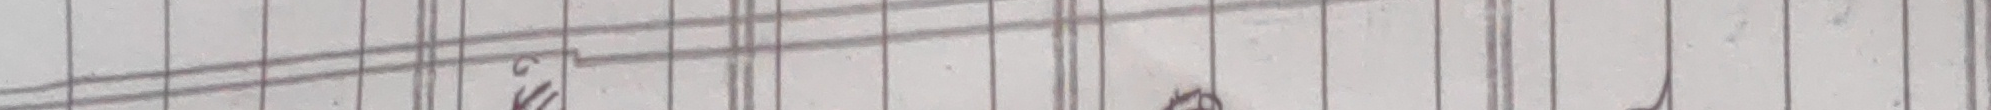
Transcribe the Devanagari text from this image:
आछी